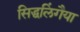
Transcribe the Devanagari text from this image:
सिद्धलिंगैया